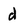
Character: d